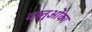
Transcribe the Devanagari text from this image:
वस्तुओंका